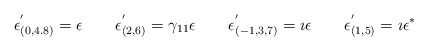
\begin{align*}\epsilon_{(0,4.8)} ^{'} = \epsilon\qquad\epsilon_{(2,6)} ^{'} = \gamma_{11} \epsilon\qquad\epsilon_{(-1,3,7)} ^{'} = \imath \epsilon\qquad\epsilon_{(1,5)} ^{'} = \imath \epsilon^{\ast}\end{align*}